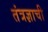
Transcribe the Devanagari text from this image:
तंत्रज्ञाची